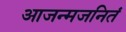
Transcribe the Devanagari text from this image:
आजन्मजनितं